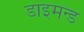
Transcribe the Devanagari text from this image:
डाइमन्ड